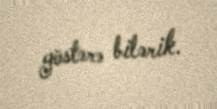
göstərə bilərik.